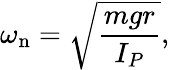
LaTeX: \omega_{\mathrm{n}}={\sqrt{\frac{mgr}{I_{P}}}},